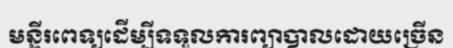
មន្ទីរពេទ្យដើម្បីទទួលការព្យាបាលដោយច្រើន